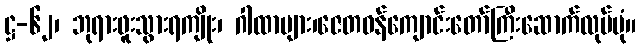
ဋ္ဌ-၆၂၊ ဘုရားဖူးသွားရကျိုး၊ ဂါထာများ၊ဇေတဝန်ကျောင်းတော်ကြီးဆောက်လုပ်ပုံ။